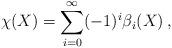
LaTeX: \begin{align*}\chi(X)=\sum_{i=0}^\infty (-1)^i\beta_i(X) \, ,\end{align*}